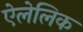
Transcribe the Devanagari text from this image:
ऐलेलिक